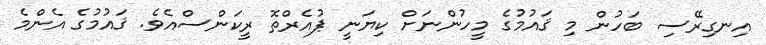
އިނގިރޭސި ބަހުން މި ޤައުމުގެ މީހުންނަށް ކިޔަނީ ޕުއެރްތޮ ރީކަންސްއެވެ. ޤައުމުގެ އެންމެ